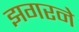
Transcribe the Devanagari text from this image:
झगरने